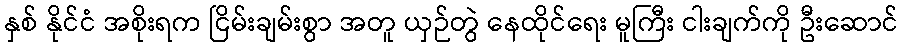
နှစ် နိုင်ငံ အစိုးရက ငြိမ်းချမ်းစွာ အတူ ယှဉ်တွဲ နေထိုင်ရေး မူကြီး ငါးချက်ကို ဦးဆောင်